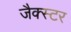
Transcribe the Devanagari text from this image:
जैक्स्टर